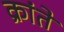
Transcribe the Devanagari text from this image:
क्रांते